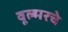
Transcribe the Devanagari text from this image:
वूल्मरचे